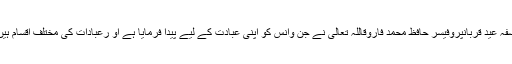
فلسفہ عید قربانپروفیسر حافظ محمد فاروقاللہ تعالیٰ نے جن وانس کو اپنی عبادت کے لیے پیدا فرمایا ہے او رعبادات کی مختلف اقسام ہیں ۔